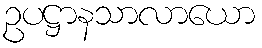
ဥပဋ္ဌာနသာလာယော